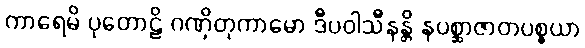
ကာရေမိ ပုတောဠိ ဂဏှိတုကာမော ဒီပဝါသီနန္တိ နပစ္ဆာဇာတပစ္စယာ